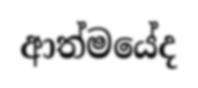
ආත්මයේද